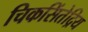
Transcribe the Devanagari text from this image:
चिकसिंतेद्रिय